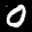
Label: 0